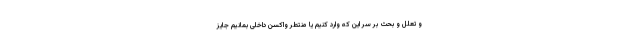
و تعلل و بحث بر سر این که وارد کنیم یا منتطر واکسن داخلی بمانیم جایز